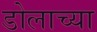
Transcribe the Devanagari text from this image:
डोलाच्या